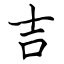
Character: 吉